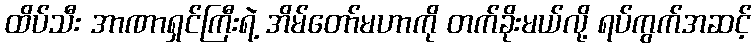
ထိပ်သီး အာဏာရှင်ကြီးရဲ့ အိမ်တော်မဟာကို တက်ခိုးမယ်လို့ ရပ်ကွက်အဆင့်